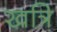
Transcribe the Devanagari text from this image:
खत्रि